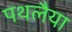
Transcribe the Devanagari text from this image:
पथलैया